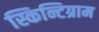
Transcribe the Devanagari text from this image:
स्किन्टिग्राम